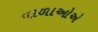
વાળાઓએ